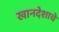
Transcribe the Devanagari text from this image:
खानदेशाचे